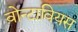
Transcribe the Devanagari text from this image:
वोन्टावियस